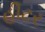
હીટર